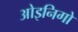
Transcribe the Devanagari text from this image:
ओइनिगो